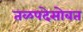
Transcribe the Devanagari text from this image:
तळपदेसोबत